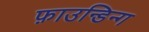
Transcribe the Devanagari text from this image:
फ़ाउन्डिन्ग